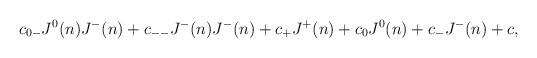
LaTeX: \begin{align*} c_{0-} J^0(n) J^-(n) + c_{--} J^-(n) J^-(n) + c_+ J^+(n) + c_0 J^0(n) +c_- J^-(n) + c ,\end{align*}